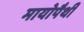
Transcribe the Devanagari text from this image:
मायोपैथी